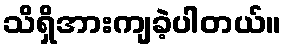
သိရှိအားကျခဲ့ပါတယ်။